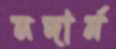
নদার্ন